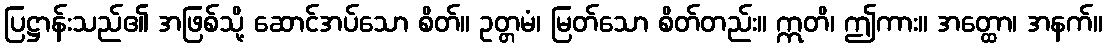
ပြဋ္ဌာန်းသည်၏ အဖြစ်သို့ ဆောင်အပ်သော စိတ်။ ဥတ္တမံ၊ မြတ်သော စိတ်တည်း။ ဣတိ၊ ဤကား။ အတ္ထော၊ အနက်။